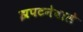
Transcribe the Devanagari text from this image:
झपटनेवाले